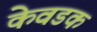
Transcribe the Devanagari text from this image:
केवडक